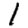
Digit: 1